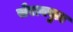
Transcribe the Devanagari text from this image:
सेराक्युज़